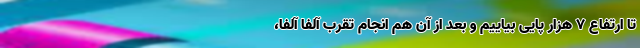
تا ارتفاع ۷ هزار پایی بیاییم و بعد از آن هم انجام تقرب آلفا آلفا،